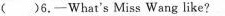
( )6.-What's Miss Wang like?